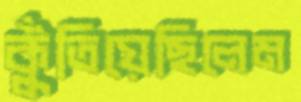
কুঁতিয়েছিলেম